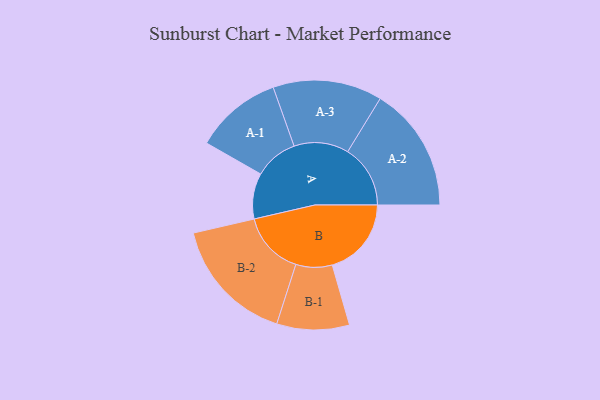
{"axis": {"x": "Segment", "y": "Value"}, "legend": ["", "A", "B"], "data": [{"x": "A", "y": 194, "type": ""}, {"x": "B", "y": 336, "type": ""}, {"x": "A-1", "y": 185, "type": "A"}, {"x": "A-2", "y": 266, "type": "A"}, {"x": "A-3", "y": 232, "type": "A"}, {"x": "B-1", "y": 154, "type": "B"}, {"x": "B-2", "y": 269, "type": "B"}]}